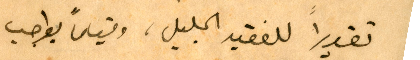
تقديراً للفقيد الجليل، وقياماً بواجب